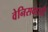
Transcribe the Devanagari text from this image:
वेनिसवासी